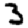
Digit: 3